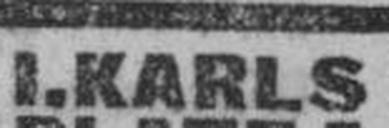
I.KARLS